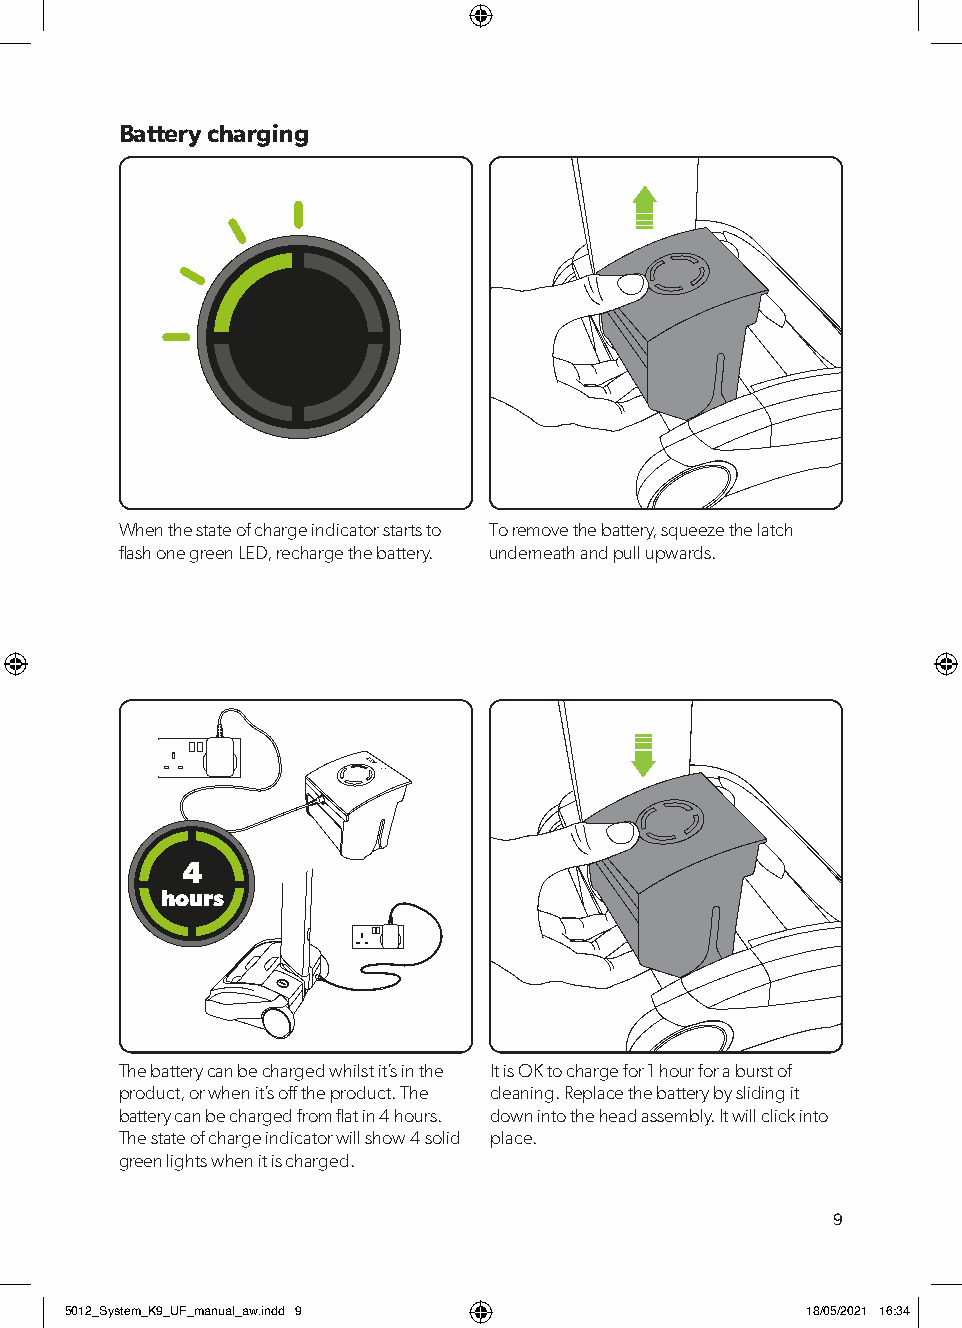
Battery charging
 When the state of charge indicator starts to To remove the battery, squeeze the latch
 flash one green LED, recharge the battery. underneath and pull upwards.
 4
 hours
 The battery can be charged whilst it’s in the It is OK to charge for 1 hour for a burst of
 product, or when it’s off the product. The cleaning. Replace the battery by sliding it
 battery can be charged from flat in 4 hours. down into the head assembly. It will click into
 The state of charge indicator will show 4 solid place.
 green lights when it is charged.
 9
 55001122__SSyysstteemm__KK99__UUFF__mmaannuuaall__aaww..iinndddd 99 1188//0055//22002211 1166::3344